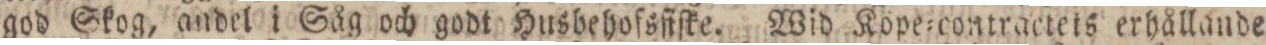
god Skog, andel i Såg och godt Husbehofsſiſke. Wid Köpe=contractets erhållande